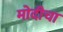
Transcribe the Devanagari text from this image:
मोदीचा